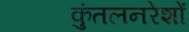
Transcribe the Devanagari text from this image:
कुंतलनरेशों